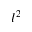
l ^ { 2 }